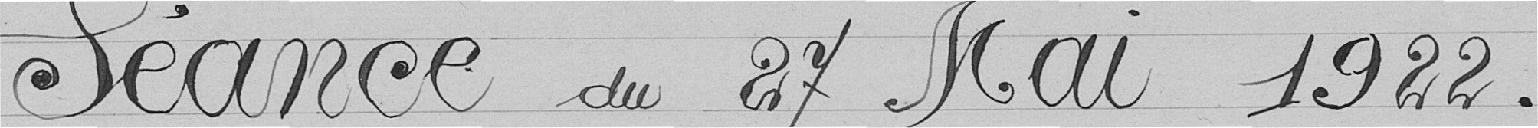
Séance du 27 mai 1922.